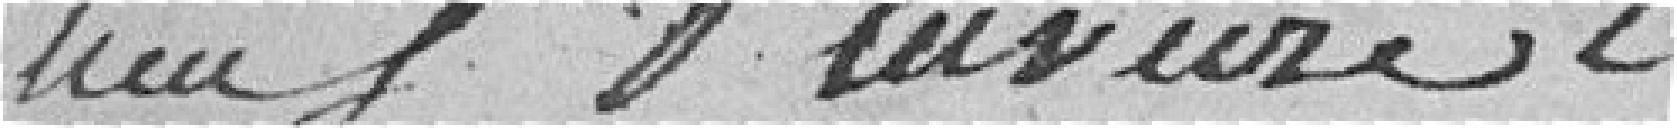
neuf pluviôse 2eme